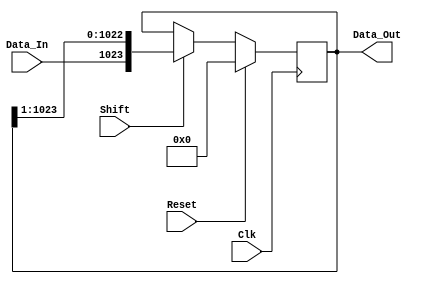
`timescale 1ns / 1ps
//////////////////////////////////////////////////////////////////////////////////
// Company: 
// Engineer: 
// 
// Design Name: 
// Module Name: Signal_Register
// Project Name: 
// Target Devices: 
// Tool Versions: 
// Description: 
// 
// Dependencies: 
// 
// Revision:
// Revision 0.01 - File Created
// Additional Comments:
// 
//////////////////////////////////////////////////////////////////////////////////

module Signal_Register 
# (parameter SAMPLES=128, parameter OSF=8)
(
    Clk, 
    Reset, 
    Shift,
    Data_In,
    Data_Out);
//module Signal_Register(Clk, Reset, Shift, Data_In, Data_Out);

//--Input Ports--    
    input Clk;
    input Reset;
    input Shift;
    input Data_In;
        
//--Output Ports--
    output reg [(SAMPLES*OSF)-1:0] Data_Out;
 
    always @ (posedge Clk)
        if(Reset)
            Data_Out=0;
        else if(Shift)
            Data_Out={Data_In,Data_Out[(SAMPLES*OSF)-1:1]};
        else
            Data_Out=Data_Out;
//assign Data_Out = Temp;
    
    
endmodule